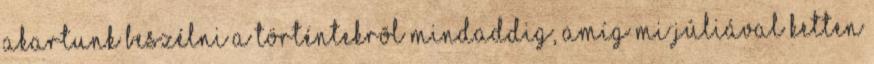
akartunk beszélni a történtekrõl mindaddig, amíg mi Júliával ketten